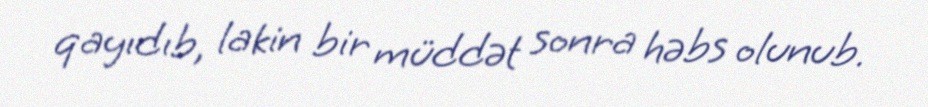
qayıdıb, lakin bir müddət sonra həbs olunub.